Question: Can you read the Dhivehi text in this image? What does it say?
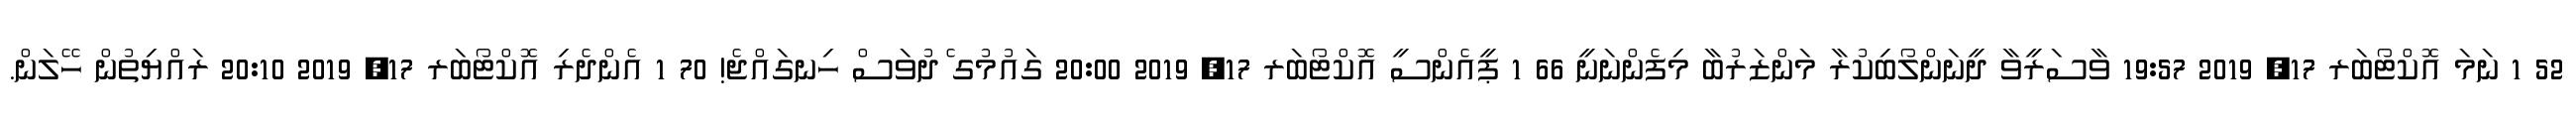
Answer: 52 1 ނަމަ އޮކްޓޯބަރ 17, 2019 19:57 ވާސަރީވާ ދީނަންލޯބިކުރާ މަންޒަރުބާ މިފެންނަނީ 66 1 ޕީއެންސީ އޮކްޓޯބަރ 17, 2019 20:00 ގައުމުގ ެދުވަސް ހިނގައްޖެ! 70 1 އެންދެރި އޮކްޓޯބަރ 17, 2019 20:10 ރައްޔިތުން ހޭލަން.